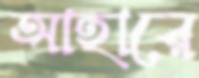
আহারে